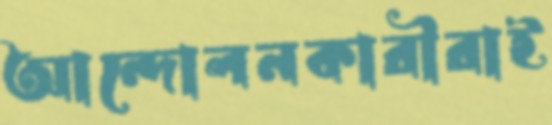
আন্দোলনকারীরাই